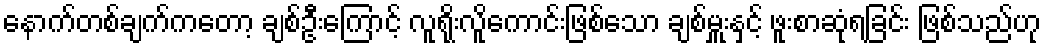
နောက်တစ်ချက်ကတော့ ချစ်ဦးကြောင့် လူရိုးလိူကောင်းဖြစ်သော ချစ်မှူးနှင့် ဖူးစာဆုံရခြင်း ဖြစ်သည်ဟု